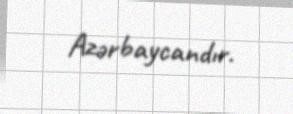
Azərbaycandır.